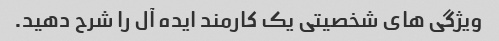
ویژگی های شخصیتی یک کارمند ایده آل را شرح دهید.